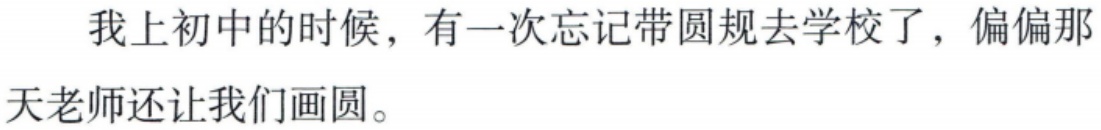
我上初中的时候，有一次忘记带圆规去学校了，偏偏那天老师还让我们画圆。